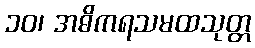
၁၀၊ အဓိကရသမထသုတ္တ